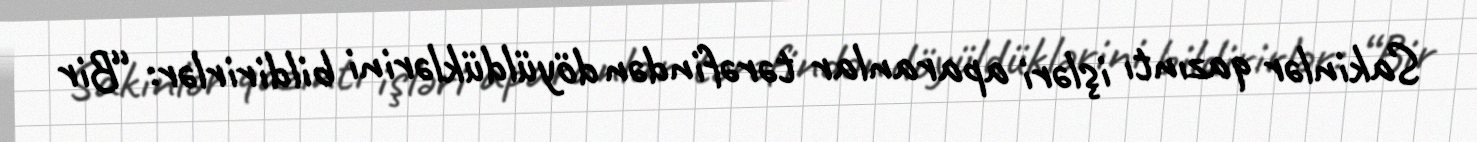
Sakinlər qazıntı işləri aparanlar tərəfindən döyüldüklərini bildirirlər: “Bir